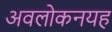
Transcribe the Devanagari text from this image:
अवलोकनयह